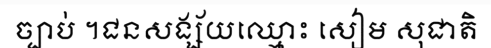
ច្បាប់ ។ជនសង្ស័យឈ្មោះ សៀម សុជាតិ